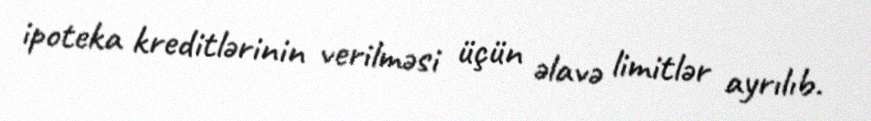
ipoteka kreditlərinin verilməsi üçün əlavə limitlər ayrılıb.